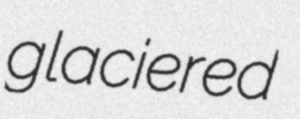
glaciered